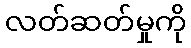
လတ်ဆတ်မှုကို